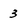
Character: 3